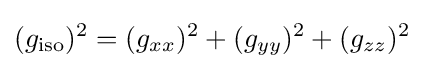
(g_{\mathrm {iso} })^{2}=(g_{xx})^{2}+(g_{yy})^{2}+(g_{zz})^{2}